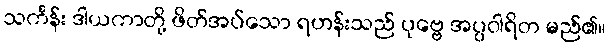
သင်္ကန်း ဒါယကာတို့ ဖိတ်အပ်သော ရဟန်းသည် ပုဗ္ဗေ အပ္ပဝါရိတ မည်၏။